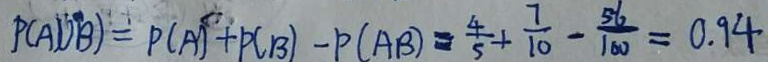
P ( A \cup B ) = P ( A ) + P ( B ) - P ( A B ) = \frac { 4 } { 5 } + \frac { 7 } { 1 0 } - \frac { 5 6 } { 1 0 0 } = 0 . 9 4